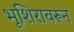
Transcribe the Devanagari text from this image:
भूशिरावरून